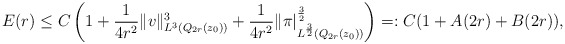
\begin{align*}E(r) &\leq C\left(1 + \frac{1}{4r^2} \|v\|^3_{L^3(Q_{2r}(z_0))} + \frac{1}{4r^2} \|\pi|^\frac{3}{2}_{L^\frac{3}{2}(Q_{2r}(z_0))}\right) =: C(1 + A(2r) + B(2r)),\end{align*}